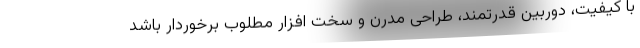
با کیفیت، دوربین قدرتمند، طراحی مدرن و سخت افزار مطلوب برخوردار باشد